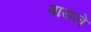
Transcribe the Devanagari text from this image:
बायने